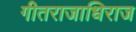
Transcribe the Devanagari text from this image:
गीतराजाधिराज